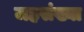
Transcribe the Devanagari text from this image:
जहसंख्या